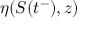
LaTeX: \eta ( S ( t ^ { - } ) , z )